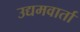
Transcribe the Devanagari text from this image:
उद्यमवार्ता